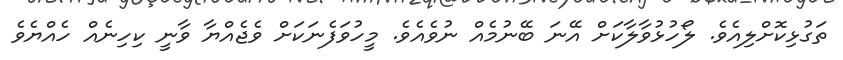
ތަގުޅިކޮށްލިއެވެ. ލޯހުޅުވާލާކަށް އޭނަ ބޭނުމެއް ނުވެއެވެ. މީހުވަފެނަކަށް ވެޖެއްޔާ ވާނީ ކިހިނެއް ހެއްޔެވެ